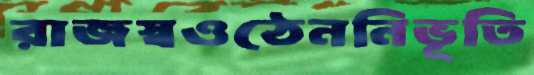
রাজস্বওঠেননিভূতি